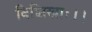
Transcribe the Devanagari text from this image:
विशिखाः।।